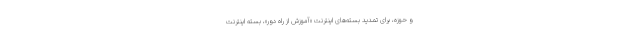
و حوزه، برای تمدید بسته‌های اینترنت «آموزش از راه دور»، بسته اینترنت